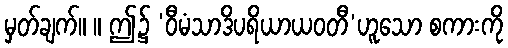
မှတ်ချက်။ ။ ဤ၌ ‘ဝီမံသာဒိပရိယာယဝတီ’ဟူသော စကားကို